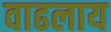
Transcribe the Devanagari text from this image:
वाढलाय